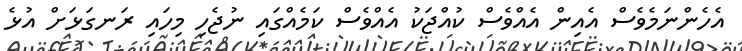
އެހެންނަމެވެސް އެއިން އެއްވެސް ކުއްޖަކު އެއްވެސް ކަމެއްގައި ނުޖެހި މިހައި ރަނގަޅަށް އުޅެ